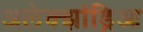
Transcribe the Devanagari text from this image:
अलेक्झांड्रिआ